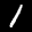
Label: 1